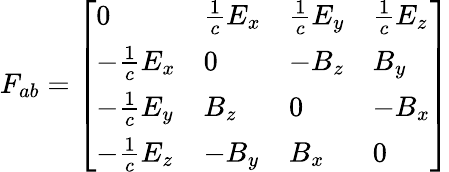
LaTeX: F_{ab}={\left[\begin{array}{llll}{0}&{{\frac{1}{c}}E_{x}}&{{\frac{1}{c}}E_{y}}&{{\frac{1}{c}}E_{z}}\\ {-{\frac{1}{c}}E_{x}}&{0}&{-B_{z}}&{B_{y}}\\ {-{\frac{1}{c}}E_{y}}&{B_{z}}&{0}&{-B_{x}}\\ {-{\frac{1}{c}}E_{z}}&{-B_{y}}&{B_{x}}&{0}\end{array}\right]}